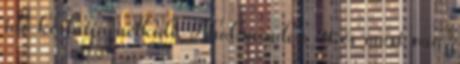
idő korlátja nélküli. Ahol minden itt és most van.